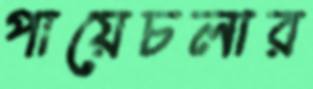
পায়েচলার